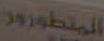
المتطورور